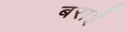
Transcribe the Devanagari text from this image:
बराईं